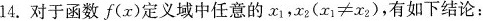
14.对于函数f(x)定义域中任意的x_{1}，（$$x _ { 1 } ）≠ x _ { 2 }$$)，有如下结论：